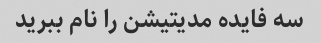
سه فایده مدیتیشن را نام ببرید